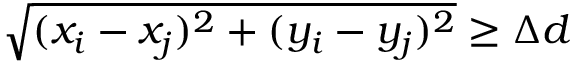
\sqrt { ( x _ { i } - x _ { j } ) ^ { 2 } + ( y _ { i } - y _ { j } ) ^ { 2 } } \geq \Delta d